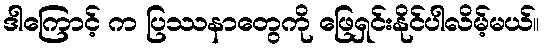
ဒါကြောင့် က ပြဿနာတွေကို ဖြေရှင်းနိုင်ပါလိမ့်မယ်။